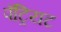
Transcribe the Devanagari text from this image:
पॅट्रियट